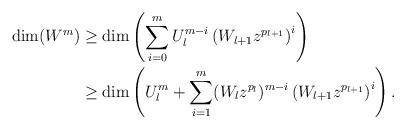
LaTeX: \begin{align*} \dim(W^m) &\geq\dim\left(\sum_{i=0}^mU_l^{m-i}\left( W_{l+1}z^{p_{l+1}}\right)^i\right)\\ &\geq\dim\left( U_l^m+\sum_{i=1}^m(W_lz^{p_l})^{m-i}\left( W_{l+1}z^{p_{l+1}}\right)^i \right). \end{align*}